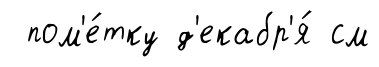
пом'е́тку д'екабр'я́ см